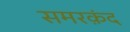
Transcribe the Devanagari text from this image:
समरक़ंद